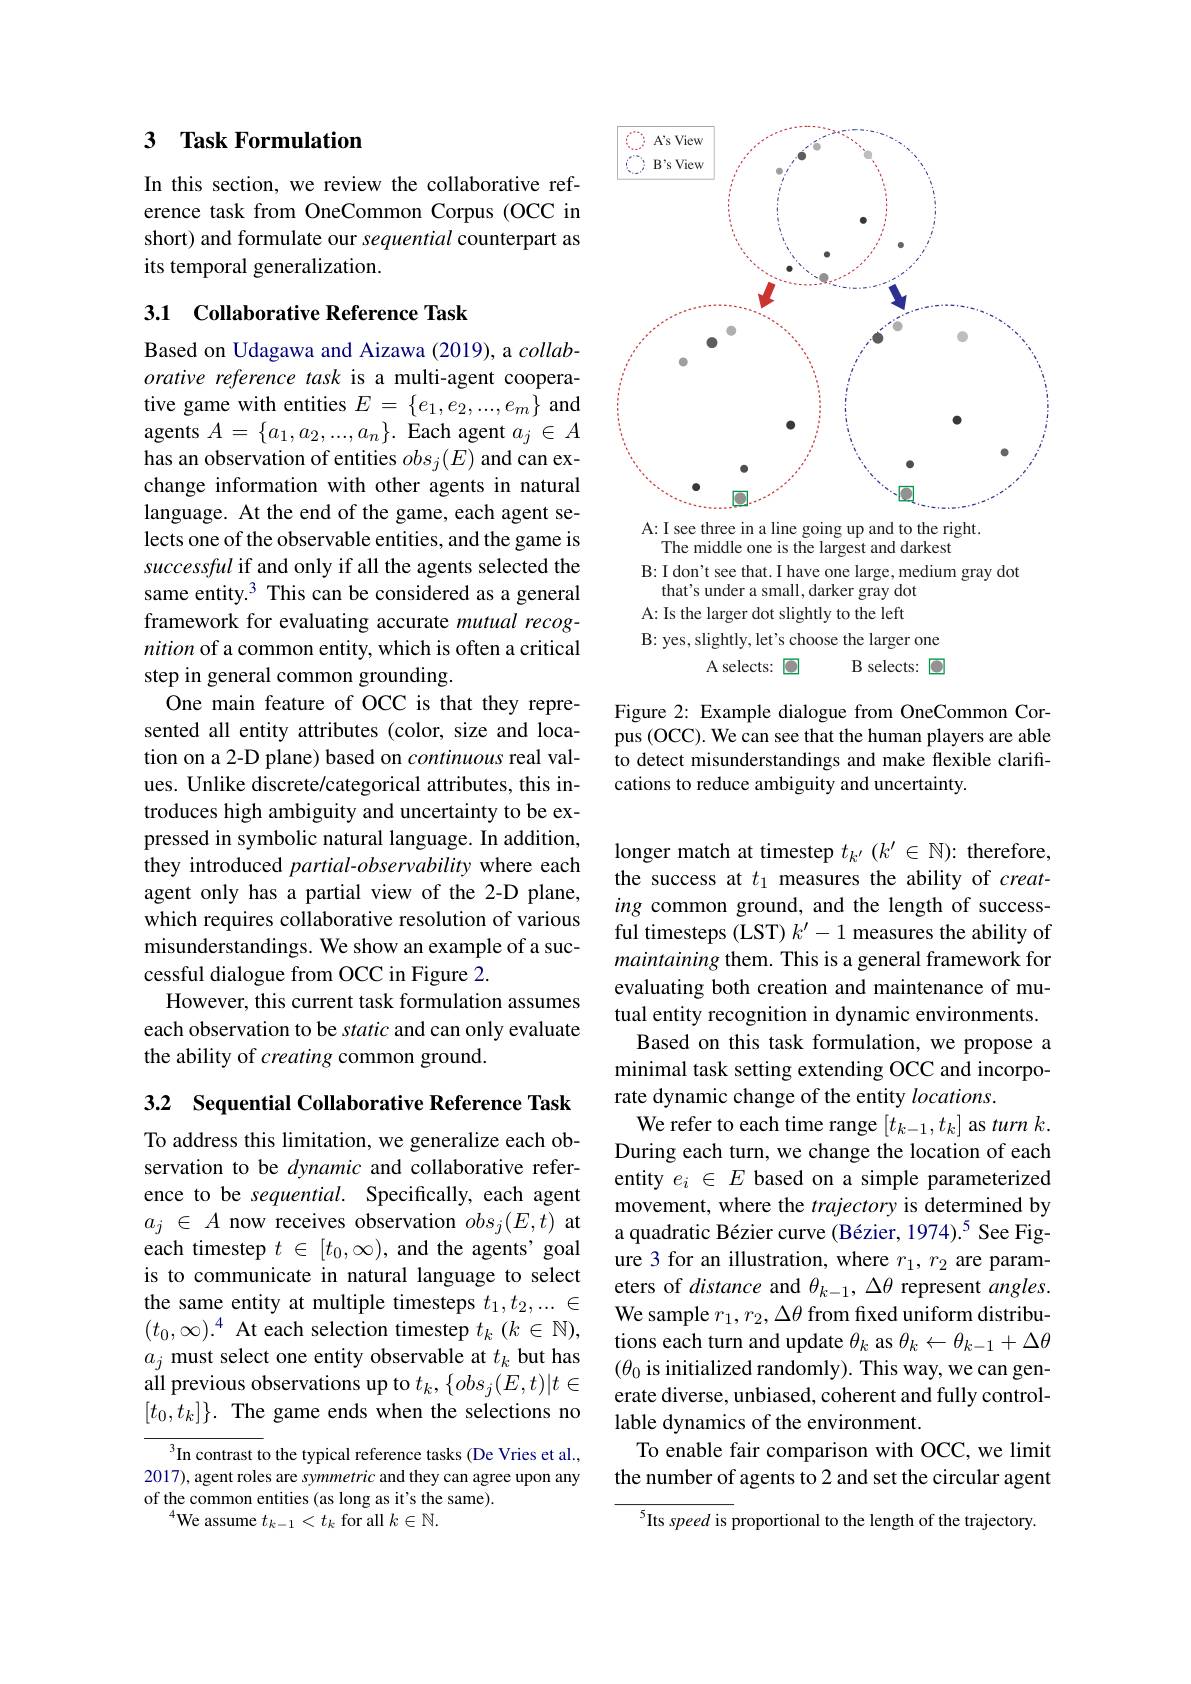
## 3 Task Formulation

In this section, we review the collaborative reference task from OneCommon Corpus (OCC in short) and formulate our sequential counterpart as its temporal generalization.

### 3.1 Collaborative Reference Task

Based on Udagawa and Aizawa (2019), a collaborative reference task is a multi-agent cooperative game with entities $E=\{e_1,e_2,...,e_m\}$ and agents $A=\{a_1,a_2,...,a_n\}.$ Each agent $a_j\in A$ has an observation of entities $obs_j(E)$ and can exchange information with other agents in natural language. At the end of the game, each agent selects one of the observable entities, and the game is successful if and only if all the agents selected the same entity. 3 This can be considered as a general framework for evaluating accurate mutual recognition of a common entity, which is often a critical step in general common grounding.
One main feature of OCC is that they represented all entity attributes (color, size and location on a 2-D plane) based on continuous real values. Unlike discrete/categorical attributes, this introduces high ambiguity and uncertainty to be expressed in symbolic natural language. In addition, they introduced partial-observability where each agent only has a partial view of the 2-D plane, which requires collaborative resolution of various misunderstandings. We show an example of a successful dialogue from OCC in Figure 2.
However, this current task formulation assumes each observation to be static and can only evaluate the ability of creating common ground.

3.2 Sequential Collaborative Reference Task

To address this limitation, we generalize each observation to be dynamic and collaborative reference to be sequential. Specifically, each agent $a_j\in A$ now receives observation $obs_j(E,t)$ at each timestep $t\in[t_0,\infty)$, and the agents' goal is to communicate in natural language to select the same entity at multiple timesteps $t_1,t_2,...\in$ $(t_0,\infty).^4$ At each selection timestep $t_k$ $(k\in\mathbb{N})$, $a_j$ must select one entity observable at $t_k$ but has all previous observations up to $t_k,\{obs_j(E,t)|t\in$ $[t_0,t_k]\}.$ The game ends when the selections no

${^3}$In contrast to the typical reference tasks (De Vries et al., 2017), agent roles are symmetric and they can agree upon any of the common entities (as long as it's the same).
$^{4}$We assume $t_k-1<t_k$ for all $k\in\mathbb{N}.$

<FigureHere>

Figure 2: Example dialogue from OneCommon Corpus (OCC). We can see that the human players are able to detect misunderstandings and make flexible clarifications to reduce ambiguity and uncertainty.

longer match at timestep $t_{k^{\prime}}\left(k^{\prime}\in\mathbb{N}\right){:}$ therefore, the success at $t_1$ measures the ability of creating common ground, and the length of successful timesteps (LST) $k^\prime-1$ measures the ability of maintaining them. This is a general framework for evaluating both creation and maintenance of mutual entity recognition in dynamic environments. Based on this task formulation, we propose a
minimal task setting extending OCC and incorpo-
rate dynamic change of the entity $locations.$
We refer to each time range $[t_{k-1},t_{k}]$ as $turnk.$ During each turn, we change the location of each entity $e_i\in E$ based on a simple parameterized movement, where the trajectory is determined by a quadratic Bézier curve (Bézier, 1974).$^{5}$ See Figure 3 for an illustration, where $r_1,r_2$ are parameters of distance and $\theta_k-1,\Delta\theta$ represent $angles.$ We sample $r_1,r_2,\Delta\theta$ from fixed uniform distributions each turn and update $\theta_k$ as $\theta_k\leftarrow\theta_{k-1}+\Delta\theta$ $(\theta_0$ is initialized randomly). This way, we can generate diverse, unbiased, coherent and fully controllable dynamics of the environment.
To enable fair comparison with OCC, we limit the number of agents to 2 and set the circular agent
${^{5}\mathrm{Its~speed~is~}}$proportional to the length of the trajectory.